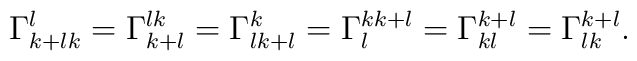
\Gamma _{k+lk}^{l}=\Gamma _{k+l}^{lk}=\Gamma _{lk+l}^{k}=\Gamma_{l}^{kk+l}=\Gamma _{kl}^{k+l}=\Gamma _{lk}^{k+l}.